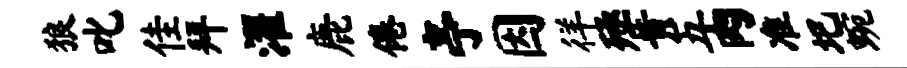
狼叱佳拜濯鹿倦亭因徉殛黄五肉准圯蜿